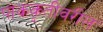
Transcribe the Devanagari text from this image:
पाककृतीवरील